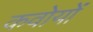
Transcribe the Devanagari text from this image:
कवोयों